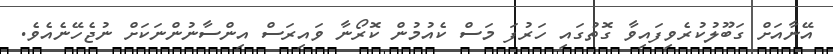
އޭނާއަށް ގަބޫލުކުރެވިފައިވާ ގޮތުގައި ހަރުފަ މަސް ކެއުމުން ކޮރޯނާ ވައިރަސް އިންސާނުންނަކަށް ނުޖެހޭނެއެވެ.